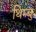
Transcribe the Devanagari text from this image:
थिम्बु